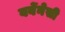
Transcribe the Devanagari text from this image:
वर्बेनेसी